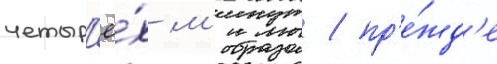
четыр'ё́х м'инут / пр'е́жд'е